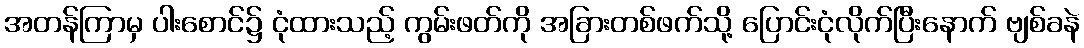
အတန်ကြာမှ ပါးစောင်၌ ငုံထားသည့် ကွမ်းဖတ်ကို အခြားတစ်ဖက်သို့ ပြောင်းငုံလိုက်ပြီးနောက် ဗျစ်ခနဲ